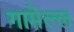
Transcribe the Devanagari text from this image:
गामेल्ल